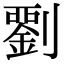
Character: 𭄘